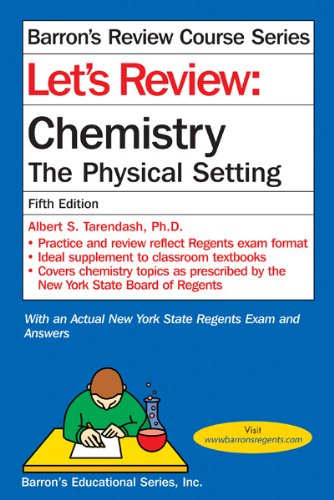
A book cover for Let's Review Chemistry: The Physical Setting; Albert S. Tarendash M.S.; Test Preparation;